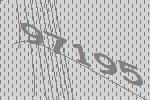
97195